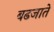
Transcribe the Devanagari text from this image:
बढजाते